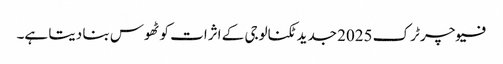
فیوچر ٹرک 2025 جدید ٹکنالوجی کے اثرات کو ٹھوس بنا دیتا ہے۔